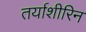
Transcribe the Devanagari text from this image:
तर्याशीरिन